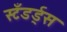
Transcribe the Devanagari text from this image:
स्टँडर्ड्‌स